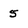
Character: 5